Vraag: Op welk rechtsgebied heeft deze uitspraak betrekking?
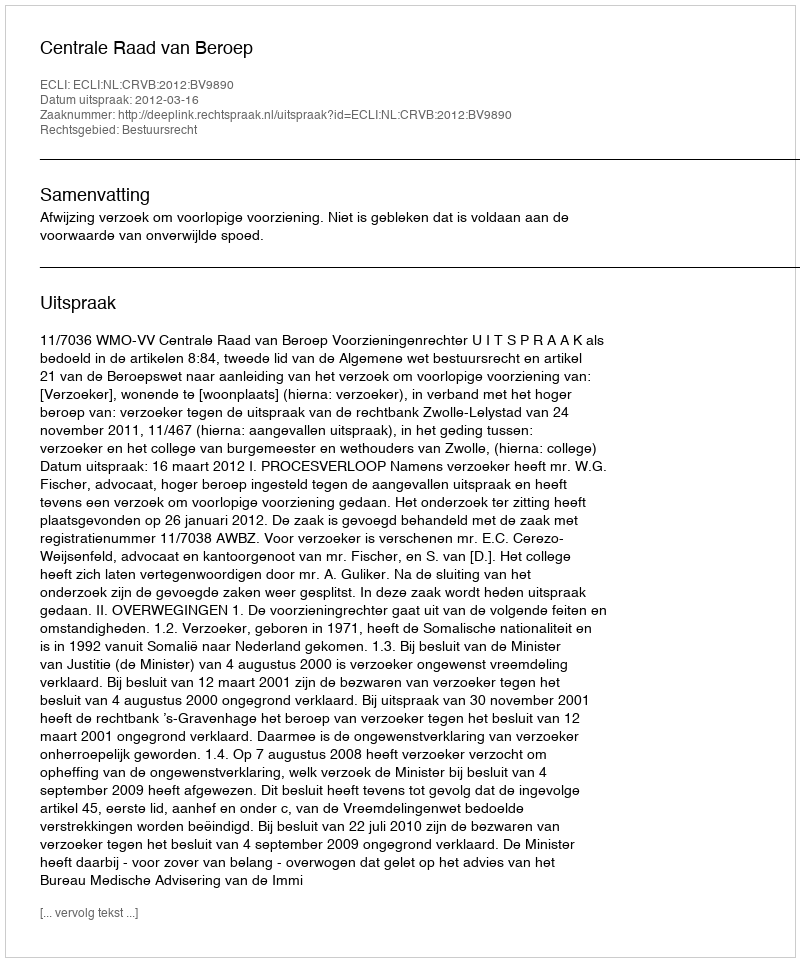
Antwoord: Bestuursrecht